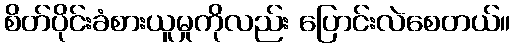
စိတ်ပိုင်းခံစားယူမှုကိုလည်း ပြောင်းလဲစေတယ်။